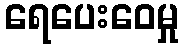
ရေပေးဝေမှု